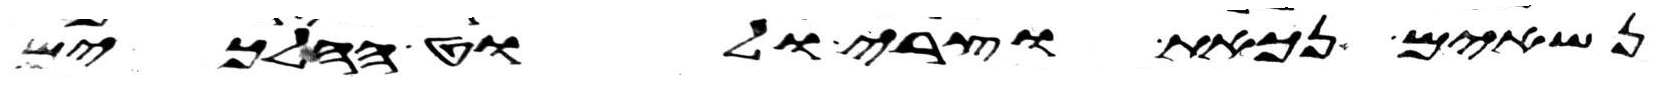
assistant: נשאים נכאת וצרי ולוט הלכים